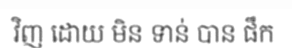
វិញ ដោយ មិន ទាន់ បាន ផឹក